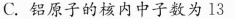
C.铝原子的核内中子数为13